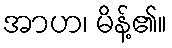
အာဟ၊ မိန့်၏။